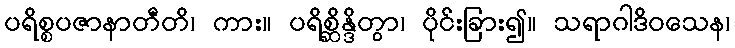
ပရိစ္စပဇာနာတီတိ၊ ကား။ ပရိစ္ဆိန္ဒိတွာ၊ ပိုင်းခြား၍။ သရာဂါဒိဝသေန၊